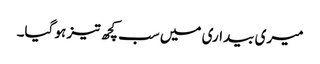
میری بیداری میں سب کچھ تیز ہو گیا۔